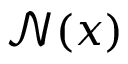
{ \mathcal { N } } ( x )